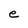
Character: e